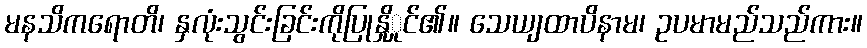
မနသိကရောတိ၊ နှလုံးသွင်းခြင်းကိုပြုနှိုှုင်၏။ သေယျထာပိနာမ၊ ဥပမာမည်သည်ကား။